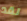
لقد